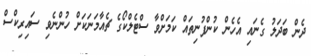
ދެން ބަދަލު ގެނައި އެހެން ކުންފުނިތައް ކަމަށްވާ ސްޓެލްކޯގެ ޗެއާމަނަކަށް ހުންނެވި ސައިރިކްސް